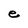
Character: e